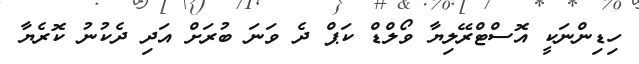
ހިޑިންނަކީ އޮސްޓްރޭލިޔާ ވޯލްޑް ކަޕް ދެ ވަނަ ބުރަށް އަދި ދެކުނު ކޮރެޔާ